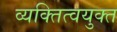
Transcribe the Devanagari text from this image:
व्यक्तित्वयुक्त